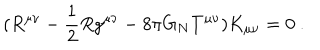
( R ^ { \mu \nu } - \frac { 1 } { 2 } R g ^ { \mu \nu } - 8 \pi G _ { N } T ^ { \mu \nu } ) K _ { \mu \nu } = 0 ~ .